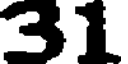
31